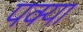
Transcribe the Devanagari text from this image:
पक्या